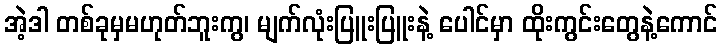
အဲ့ဒါ တစ်ခုမှမဟုတ်ဘူးကွ၊ မျက်လုံးပြူးပြူးနဲ့ ပေါင်မှာ ထိုးကွင်းတွေနဲ့ကောင်